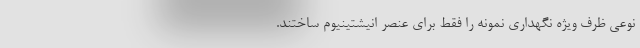
نوعی ظرف ویژهٔ نگهداری نمونه را فقط برای عنصر انیشتینیوم ساختند.